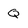
Character: Q